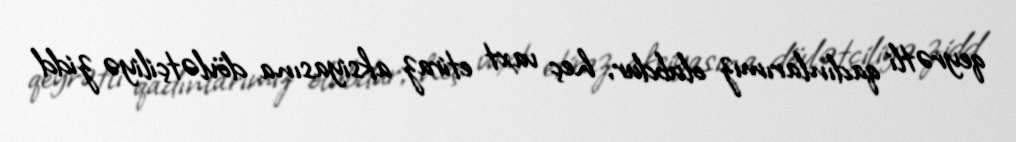
qeyrətli qadınlarımız olubdur, heç vaxt etiraz aksiyasına dövlətçiliyə zidd